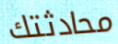
محادثتك